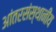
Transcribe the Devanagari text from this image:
आंतरसंस्थानीय